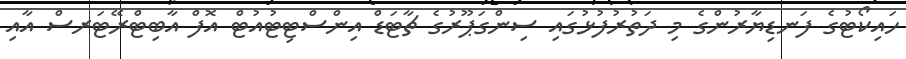
ހައިކޯޓުގެ ފަނޑިޔާރުންގެ މި ދަތުރުފުޅުގައި ސިންގަޕޫރުގެ ޗާޓަޑް އިންސްޓިޓުއުޓް އޮފް އާބިޓްރޭޓަރސް އާއި